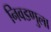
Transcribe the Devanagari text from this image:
निवडणुला